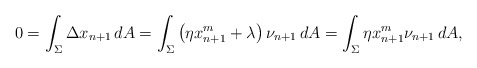
\begin{align*}0=\int_\Sigma \Delta x_{n+1}\,dA=\int_\Sigma \left(\eta x_{n+1}^m+\lambda\right)\nu_{n+1}\, dA=\int_\Sigma \eta x_{n+1}^m\nu_{n+1}\, dA,\end{align*}